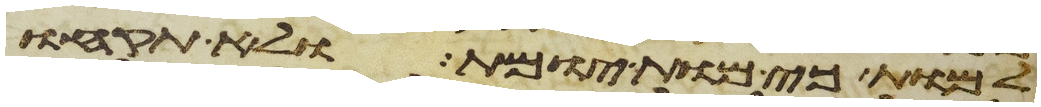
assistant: למות כי מות יומת ולא תקחו